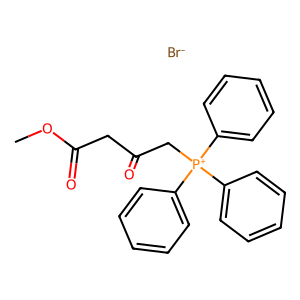
SMILES: COC(=O)CC(=O)C[P+](c1ccccc1)(c1ccccc1)c1ccccc1.[Br-]
Inhibits HIV replication: No